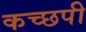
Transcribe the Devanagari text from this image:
कच्छपी